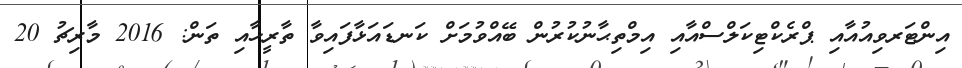
އިންޓަރވިއުއާއި ޕްރެކްޓިކަލްސްއާއި އިމްތިޙާނުކުރުން ބޭއްވުމަށް ކަނޑައަޅާފައިވާ ތާރީޚާއި ތަން: 2016 މާރިޗު 20